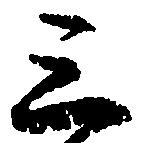
三